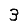
Digit: 3